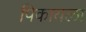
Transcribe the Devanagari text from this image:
पिकायला